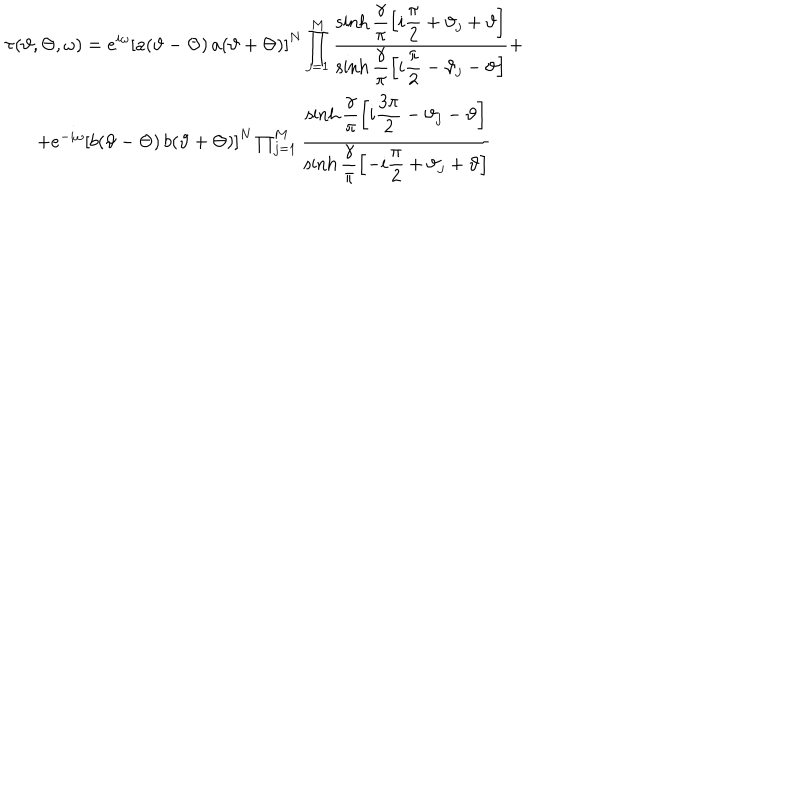
\begin{array} { c } { { \displaystyle \tau ( \vartheta , \Theta , \omega ) = e ^ { i \omega } \left[ a ( \vartheta - \Theta ) \, a ( \vartheta + \Theta ) \right] ^ { N } \prod _ { j = 1 } ^ { M } \displaystyle \frac { \sinh \displaystyle \frac { \gamma } { \pi } \left[ i \displaystyle \frac { \pi } { 2 } + \vartheta _ { j } + \vartheta \right] } { \sinh \displaystyle \frac { \gamma } { \pi } \left[ i \displaystyle \frac { \pi } { 2 } - \vartheta _ { j } - \vartheta \right] } + } } \\ { { + e ^ { - i \omega } \left[ b ( \vartheta - \Theta ) \, b ( \vartheta + \Theta ) \right] ^ { N } \prod _ { j = 1 } ^ { M } \displaystyle \frac { \sinh \displaystyle \frac { \gamma } { \pi } \left[ i \displaystyle \frac { 3 \pi } { 2 } - \vartheta _ { j } - \vartheta \right] } { \sinh \displaystyle \frac { \gamma } { \pi } \left[ - i \displaystyle \frac { \pi } { 2 } + \vartheta _ { j } + \vartheta \right] } } } \\ \end{array}